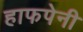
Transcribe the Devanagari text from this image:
हाफपेनी